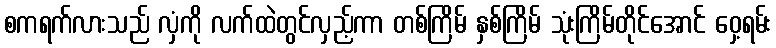
စကရက်လားသည် လှံကို လက်ထဲတွင်လှည့်ကာ တစ်ကြိမ် နှစ်ကြိမ် သုံးကြိမ်တိုင်အောင် ဝှေ့ရမ်း